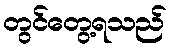
တွင်တွေ့ရသည်